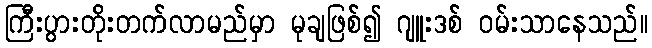
ကြီးပွားတိုးတက်လာမည်မှာ မုချဖြစ်၍ ဂျူးဒစ် ဝမ်းသာနေသည်။